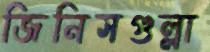
জিনিসগুল্লা